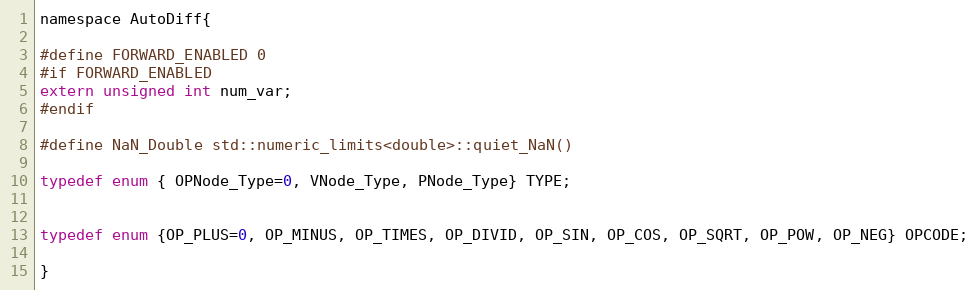
Language: C
namespace AutoDiff{

#define FORWARD_ENABLED 0
#if FORWARD_ENABLED
extern unsigned int num_var;
#endif

#define NaN_Double std::numeric_limits<double>::quiet_NaN()

typedef enum { OPNode_Type=0, VNode_Type, PNode_Type} TYPE;

typedef enum {OP_PLUS=0, OP_MINUS, OP_TIMES, OP_DIVID, OP_SIN, OP_COS, OP_SQRT, OP_POW, OP_NEG} OPCODE;

}